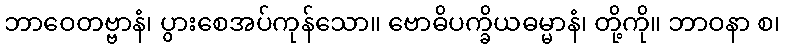
ဘာဝေတဗ္ဗာနံ၊ ပွားစေအပ်ကုန်သော။ ဗောဓိပက္ခိယဓမ္မာနံ၊ တို့ကို။ ဘာဝနာ စ၊